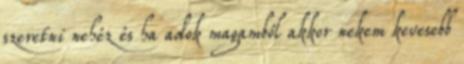
szeretni nehéz és ha adok magamból akkor nekem kevesebb